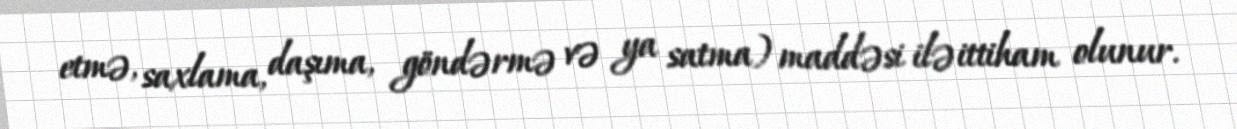
etmə, saxlama, daşıma, göndərmə və ya satma) maddəsi ilə ittiham olunur.